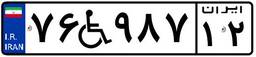
۵۵W۷۵۸۳۷